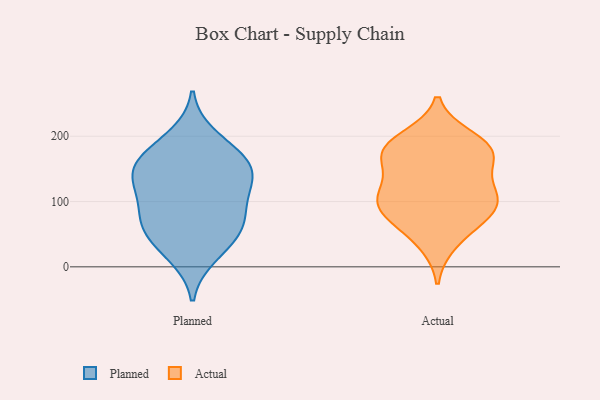
{"axis": {"x": "Conversion Rate (%)", "y": "Value"}, "legend": ["Actual", "Planned"], "data": [{"x": "", "y": 17, "type": "Planned"}, {"x": "", "y": 161, "type": "Planned"}, {"x": "", "y": 200, "type": "Planned"}, {"x": "", "y": 118, "type": "Planned"}, {"x": "", "y": 143, "type": "Planned"}, {"x": "", "y": 31, "type": "Planned"}, {"x": "", "y": 160, "type": "Planned"}, {"x": "", "y": 73, "type": "Planned"}, {"x": "", "y": 126, "type": "Planned"}, {"x": "", "y": 148, "type": "Planned"}, {"x": "", "y": 176, "type": "Planned"}, {"x": "", "y": 66, "type": "Planned"}, {"x": "", "y": 67, "type": "Planned"}, {"x": "", "y": 106, "type": "Planned"}, {"x": "", "y": 58, "type": "Planned"}, {"x": "", "y": 118, "type": "Actual"}, {"x": "", "y": 91, "type": "Actual"}, {"x": "", "y": 197, "type": "Actual"}, {"x": "", "y": 106, "type": "Actual"}, {"x": "", "y": 156, "type": "Actual"}, {"x": "", "y": 80, "type": "Actual"}, {"x": "", "y": 173, "type": "Actual"}, {"x": "", "y": 182, "type": "Actual"}, {"x": "", "y": 180, "type": "Actual"}, {"x": "", "y": 114, "type": "Actual"}, {"x": "", "y": 176, "type": "Actual"}, {"x": "", "y": 66, "type": "Actual"}, {"x": "", "y": 37, "type": "Actual"}, {"x": "", "y": 97, "type": "Actual"}]}